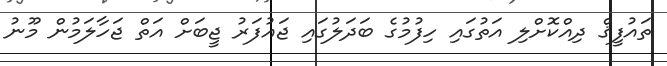
ތައުފީޤް ދިއްކޮށްލި އަތުގައި ހިފުމުގެ ބަދަލުގައި ޖައުފަރު ޖީބަށް އަތް ޖަހާލަމުން މޫނު